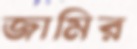
জামির